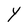
Character: Y